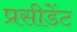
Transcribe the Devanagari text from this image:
प्रसीडेंट